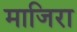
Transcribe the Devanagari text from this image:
माजिरा